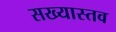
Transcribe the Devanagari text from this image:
सख्यास्तव